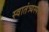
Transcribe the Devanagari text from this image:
स्वातंत्र्यस्पंदन